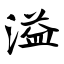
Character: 溢